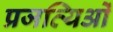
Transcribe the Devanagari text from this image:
प्रजत्यिओं